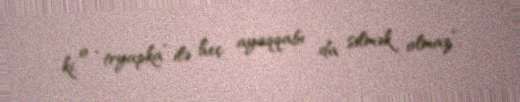
ki, o “tryapka” ilə heç ayaqqabı da silmək olmaz”.